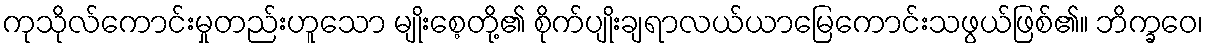
ကုသိုလ်ကောင်းမှုတည်းဟူသော မျိုးစေ့တို့၏ စိုက်ပျိုးချရာလယ်ယာမြေကောင်းသဖွယ်ဖြစ်၏။ ဘိက္ခဝေ၊